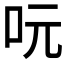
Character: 𠰂